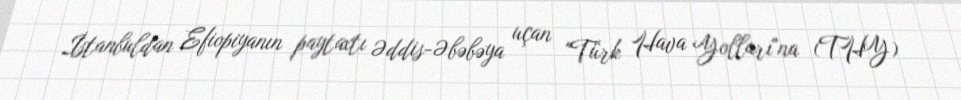
İstanbuldan Efiopiyanın paytaxtı Əddis-Əbəbəya uçan "Türk Hava Yolları"na (THY)